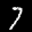
Label: 7